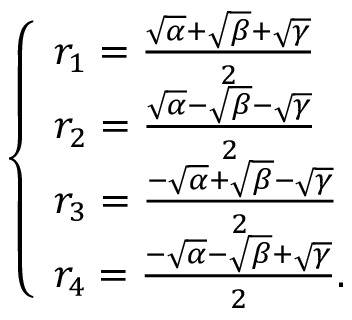
\left\{ { \begin{array} { l } { r _ { 1 } = { \frac { { \sqrt { \alpha } } + { \sqrt { \beta } } + { \sqrt { \gamma } } } { 2 } } } \\ { r _ { 2 } = { \frac { { \sqrt { \alpha } } - { \sqrt { \beta } } - { \sqrt { \gamma } } } { 2 } } } \\ { r _ { 3 } = { \frac { - { \sqrt { \alpha } } + { \sqrt { \beta } } - { \sqrt { \gamma } } } { 2 } } } \\ { r _ { 4 } = { \frac { - { \sqrt { \alpha } } - { \sqrt { \beta } } + { \sqrt { \gamma } } } { 2 } } { \mathrm { . } } } \end{array} } \right.